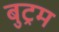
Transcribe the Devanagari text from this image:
बुट्रम